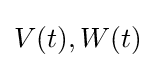
\mathbf {} V(t),W(t)